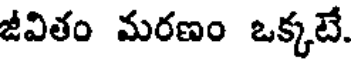
జీవితం మరణం ఒక్కటే.